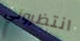
انتظروني